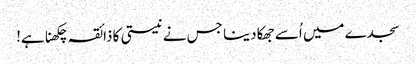
سجدے میں اُسے جھکا دینا جس نے نیستی کا ذائقہ چکھنا ہے!